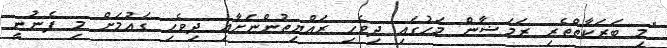
"މި ބަރަކާތްތެރި ރަމަޟާން މަހުގައި ދިވެހި ރައްޔިތުންނަށާއި ދިވެހި ގައުމަށް މި ފެނުނީ